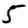
Digit: 5